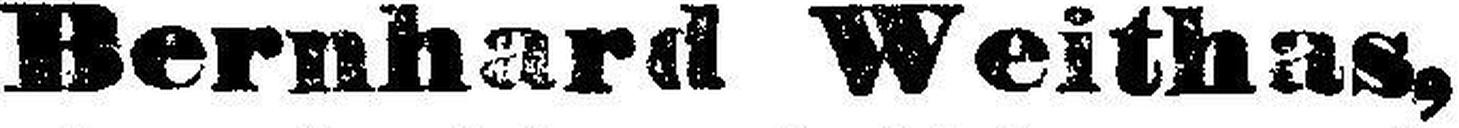
Bernhard Weithas,